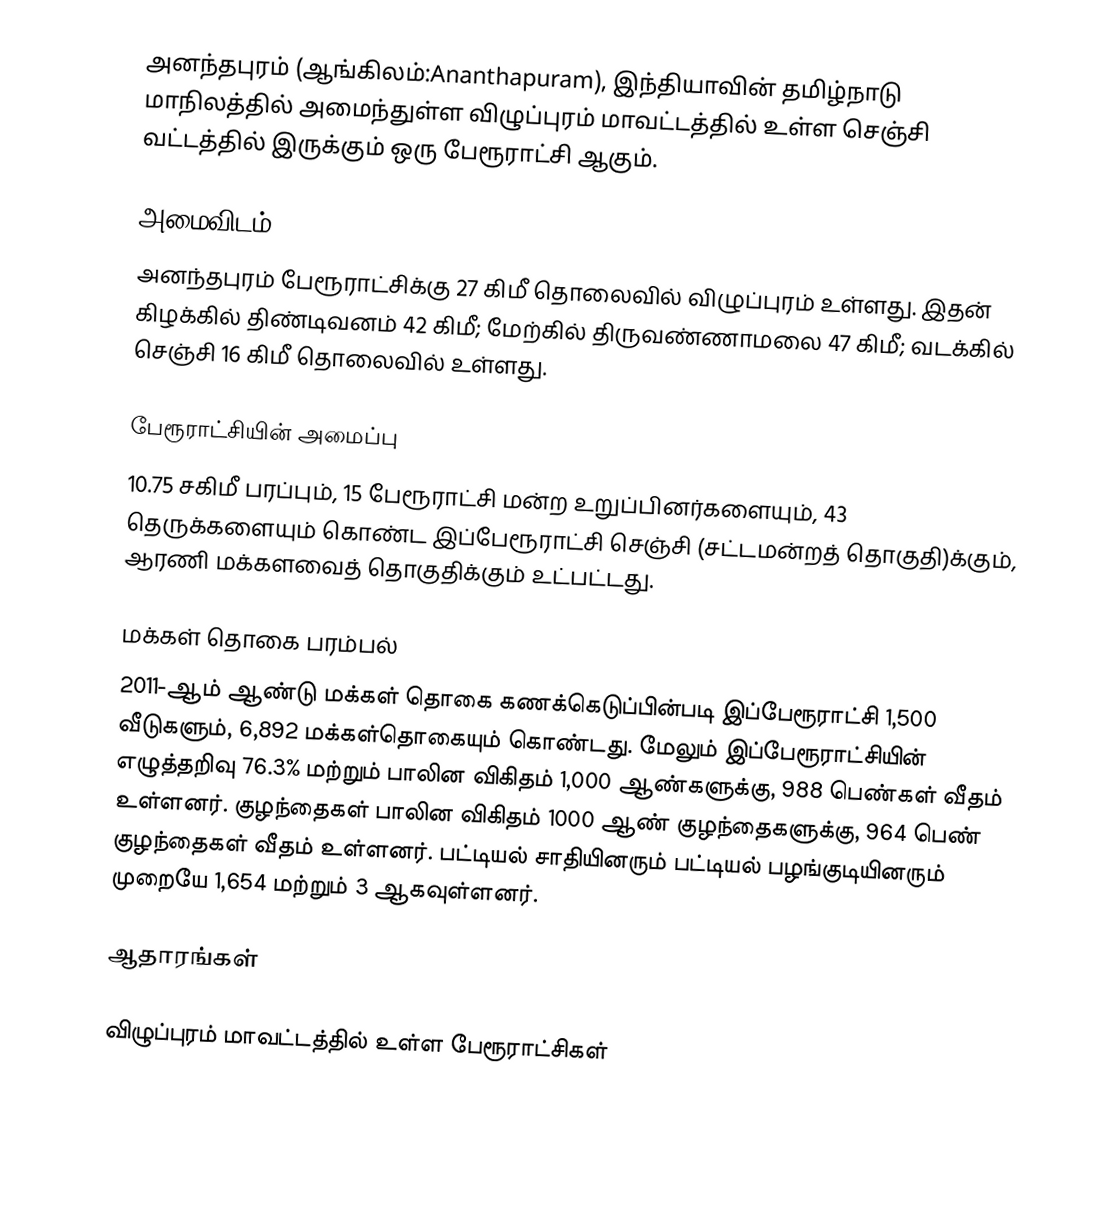
அனந்தபுரம் (ஆங்கிலம்:Ananthapuram), இந்தியாவின் தமிழ்நாடு மாநிலத்தில் அமைந்துள்ள விழுப்புரம் மாவட்டத்தில் உள்ள செஞ்சி வட்டத்தில் இருக்கும் ஒரு பேரூராட்சி ஆகும்.

அமைவிடம்
அனந்தபுரம் பேரூராட்சிக்கு 27 கிமீ தொலைவில் விழுப்புரம் உள்ளது. இதன் கிழக்கில் திண்டிவனம் 42 கிமீ; மேற்கில் திருவண்ணாமலை 47 கிமீ; வடக்கில் செஞ்சி 16 கிமீ தொலைவில் உள்ளது.

பேரூராட்சியின் அமைப்பு
10.75  சகிமீ பரப்பும், 15  பேரூராட்சி மன்ற உறுப்பினர்களையும்,   43 தெருக்களையும் கொண்ட  இப்பேரூராட்சி செஞ்சி (சட்டமன்றத் தொகுதி)க்கும், ஆரணி மக்களவைத் தொகுதிக்கும் உட்பட்டது.

மக்கள் தொகை பரம்பல்
2011-ஆம் ஆண்டு மக்கள் தொகை கணக்கெடுப்பின்படி   இப்பேரூராட்சி 1,500   வீடுகளும், 6,892 மக்கள்தொகையும் கொண்டது. மேலும் இப்பேரூராட்சியின் எழுத்தறிவு  76.3% மற்றும் பாலின விகிதம் 1,000 ஆண்களுக்கு, 988 பெண்கள் வீதம் உள்ளனர். குழந்தைகள் பாலின விகிதம் 1000 ஆண் குழந்தைகளுக்கு, 964 பெண் குழந்தைகள் வீதம் உள்ளனர்.  பட்டியல் சாதியினரும் பட்டியல் பழங்குடியினரும்  முறையே 1,654 மற்றும்  3 ஆகவுள்ளனர்.

ஆதாரங்கள்

விழுப்புரம் மாவட்டத்தில் உள்ள பேரூராட்சிகள்